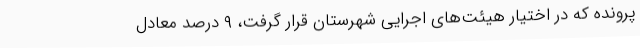
پرونده که در اختیار هیئت‌های اجرایی شهرستان قرار گرفت، ۹ درصد معادل